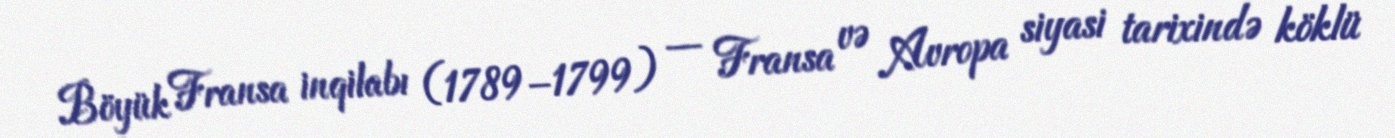
Böyük Fransa inqilabı (1789–1799) — Fransa və Avropa siyasi tarixində köklü